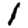
Digit: 1